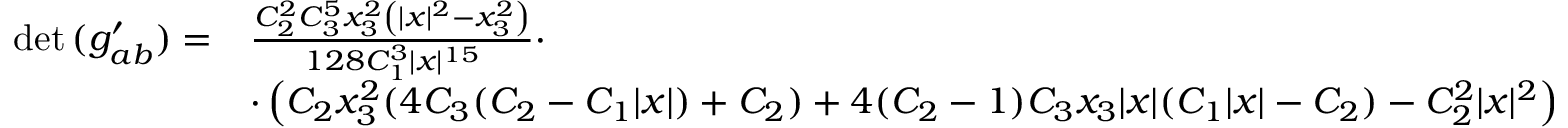
\begin{array} { r l } { \operatorname* { d e t } { ( g _ { a b } ^ { \prime } ) } = } & { \frac { C _ { 2 } ^ { 2 } C _ { 3 } ^ { 5 } x _ { 3 } ^ { 2 } \left( \vert x \vert ^ { 2 } - x _ { 3 } ^ { 2 } \right) } { 1 2 8 C _ { 1 } ^ { 3 } \vert x \vert ^ { 1 5 } } \cdot } \\ & { \cdot \left( C _ { 2 } x _ { 3 } ^ { 2 } ( 4 C _ { 3 } ( C _ { 2 } - C _ { 1 } \vert x \vert ) + C _ { 2 } ) + 4 ( C _ { 2 } - 1 ) C _ { 3 } x _ { 3 } \vert x \vert ( C _ { 1 } \vert x \vert - C _ { 2 } ) - C _ { 2 } ^ { 2 } \vert x \vert ^ { 2 } \right) } \end{array}